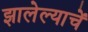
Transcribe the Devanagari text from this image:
झालेल्याचें